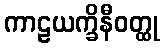
ကာဠယက္ခိနီဝတ္ထု